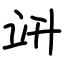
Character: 竔